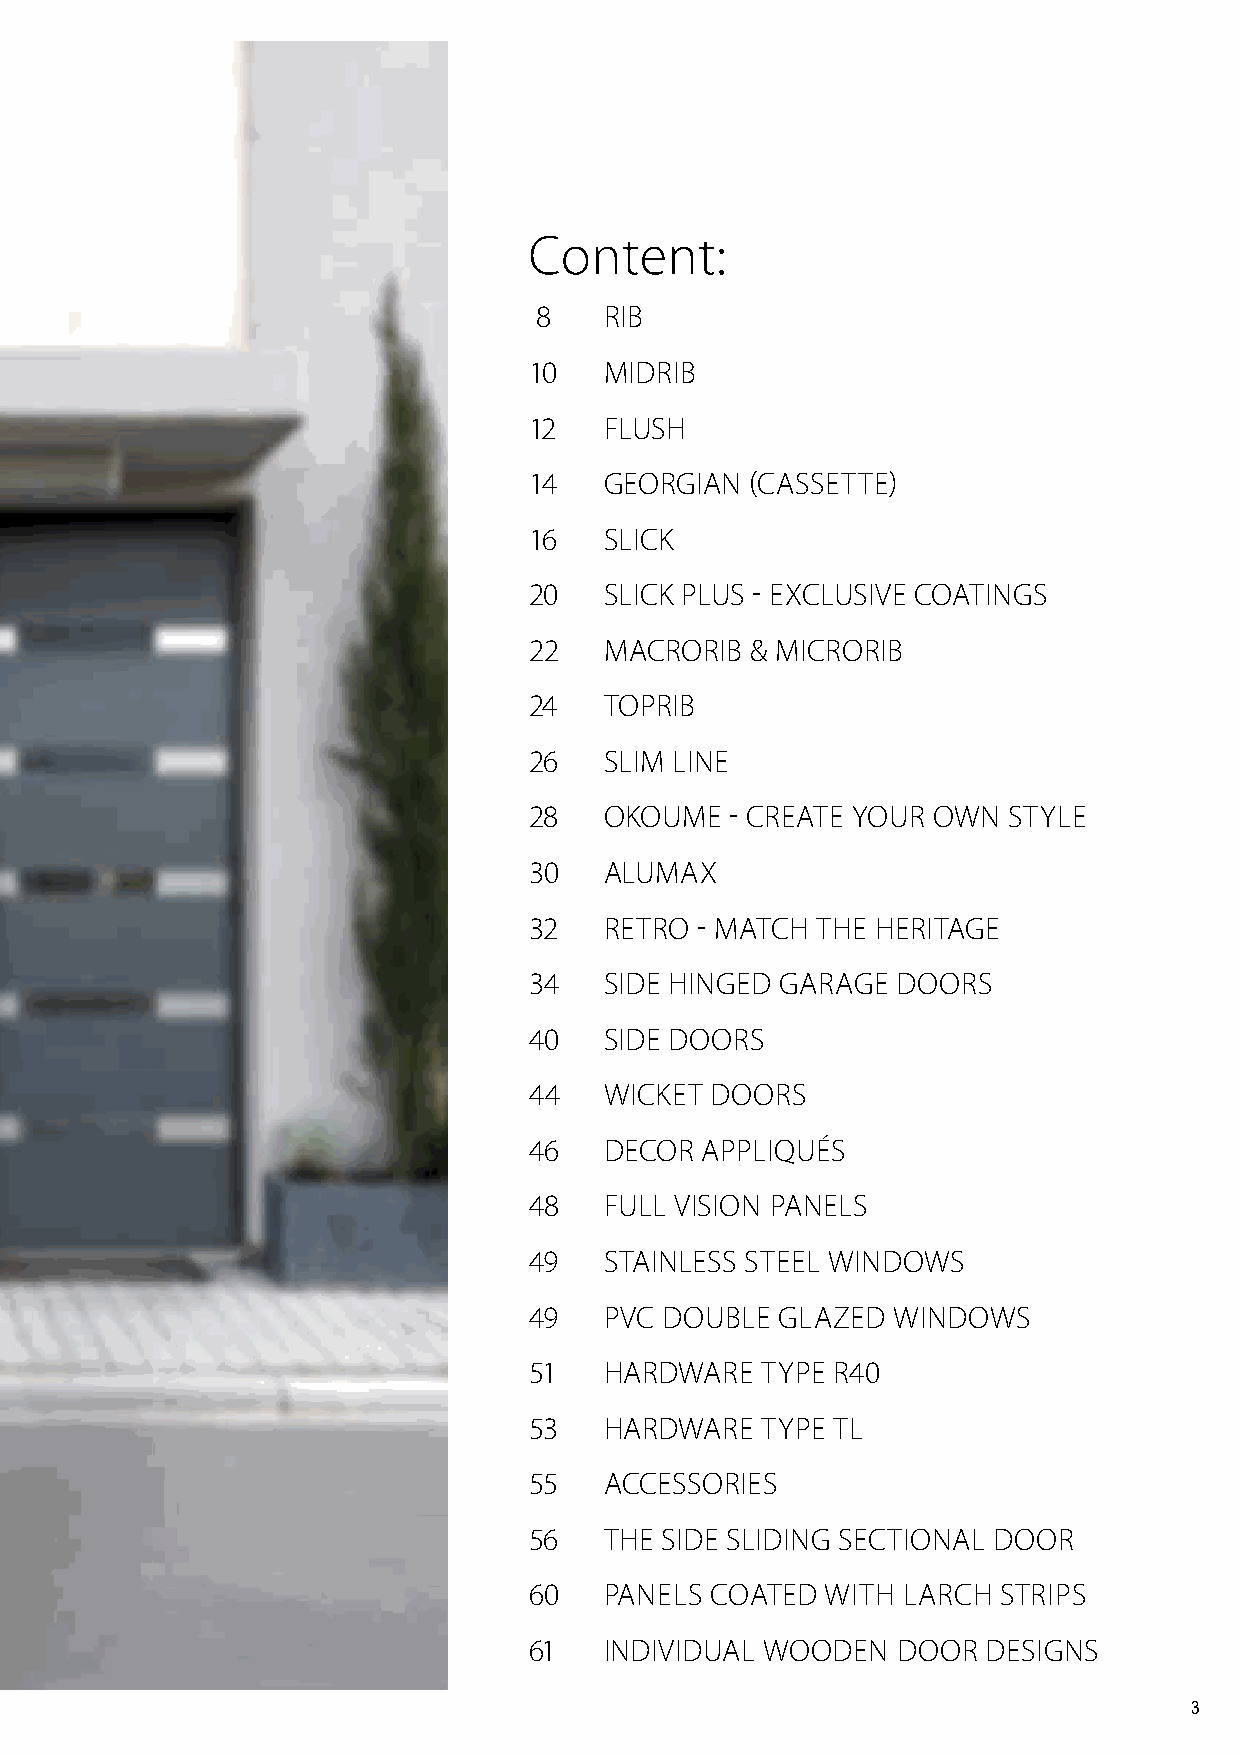
Content:
 8    RIB
 10   MIDRIB
 12   FLUSH
 14   GEORGIAN  (CASSETTE)
 16   SLICK
 20   SLICK PLUS - EXCLUSIVE COATINGS
 22   MACRORIB  & MICRORIB
 24   TOPRIB
 26   SLIM LINE
 28   OKOUME  - CREATE YOUR OWN  STYLE
 30   ALUMAX
 32   RETRO - MATCH THE HERITAGE
 34   SIDE HINGED GARAGE DOORS
 40   SIDE DOORS
 44   WICKET DOORS
 46   DECOR APPLIQUÉS
 48   FULL VISION PANELS
 49   STAINLESS STEEL WINDOWS
 49   PVC DOUBLE GLAZED  WINDOWS
 51   HARDWARE  TYPE R40
 53   HARDWARE  TYPE TL
 55   ACCESSORIES
 56   THE SIDE SLIDING SECTIONAL DOOR
 60   PANELS COATED  WITH LARCH STRIPS
 61   INDIVIDUAL WOODEN  DOOR  DESIGNS
 3